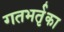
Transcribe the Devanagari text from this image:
गतभर्तृका